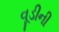
વૂડીની